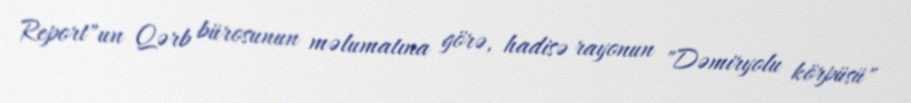
Report"un Qərb bürosunun məlumatına görə, hadisə rayonun "Dəmiryolu körpüsü"